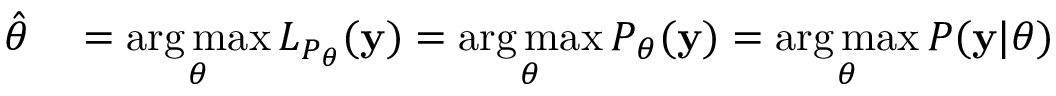
\begin{array} { r l } { { \hat { \theta } } } & { { } = { \underset { \theta } { \operatorname { a r g \, m a x } } } \, L _ { P _ { \theta } } ( \mathbf { y } ) = { \underset { \theta } { \operatorname { a r g \, m a x } } } \, P _ { \theta } ( \mathbf { y } ) = { \underset { \theta } { \operatorname { a r g \, m a x } } } \, P ( \mathbf { y } | \theta ) } \end{array}